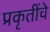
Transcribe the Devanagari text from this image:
प्रकृतींचे